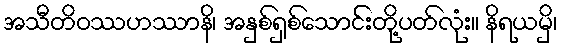
အသီတိဝဿဟဿာနိ၊ အနှစ်ရှစ်သောင်းတို့ပတ်လုံး။ နိရယမှိ၊